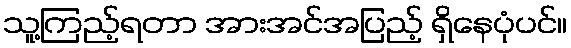
သူ့ကြည့်ရတာ အားအင်အပြည့် ရှိနေပုံပင်။